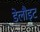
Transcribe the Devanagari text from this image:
डेलौइट